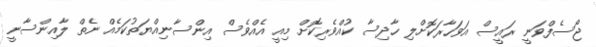
ޖޯސެފްވަނީ ރައީސް އަވަހާރަކޮށްލި ހާދިސާ ކުއްވެރިކޮށް މިއީ އެއްވެސް އިންސާނިއްޔަތުކަމެއް ނެތް ލާއިންސާނީ